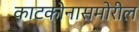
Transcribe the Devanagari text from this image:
काटकोनासमोरील